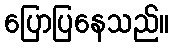
ပြောပြနေသည်။